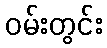
ဝမ်းတွင်း